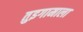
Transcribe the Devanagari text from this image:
तुइगामाला